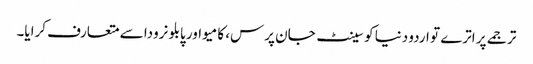
ترجمے پر اترے تو اردو دنیا کو سینٹ جان پرس، کامیو اور پابلو نرودا سے متعارف کرایا۔